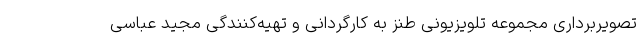
تصویربرداری مجموعه تلویزیونی طنز به کارگردانی و تهیه‌کنندگی مجید عباسی